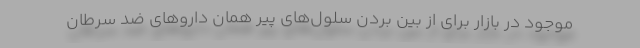
موجود در بازار برای از بین بردن سلول‌های پیر همان داروهای ضد سرطان